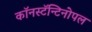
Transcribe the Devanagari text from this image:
काॅनस्टॅन्टिनोपल